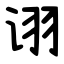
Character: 诩